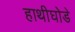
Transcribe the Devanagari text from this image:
हाथीघोडे